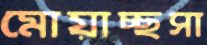
মোয়াচ্ছসা